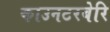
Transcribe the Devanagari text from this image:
काउनटरबेरि